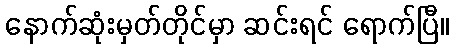
နောက်ဆုံးမှတ်တိုင်မှာ ဆင်းရင် ရောက်ပြီ။